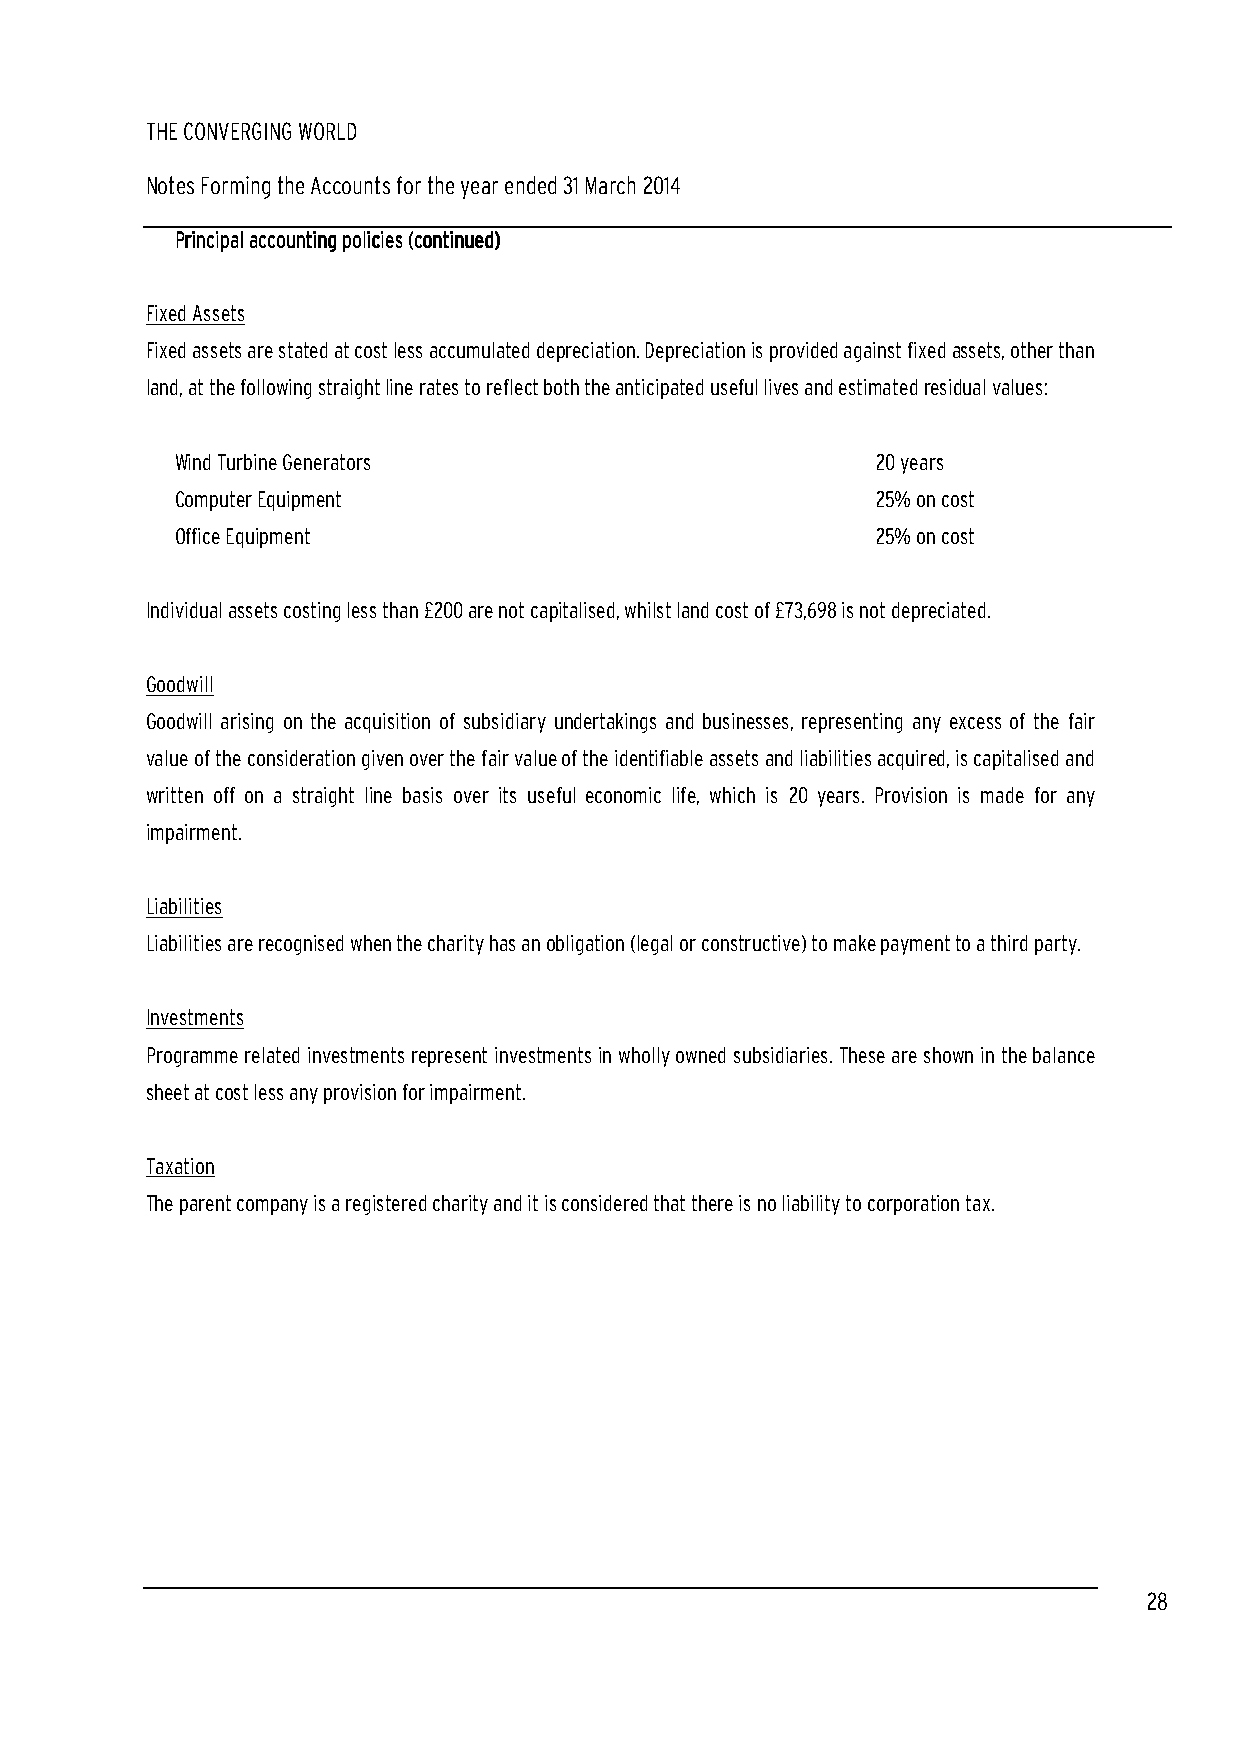
THE CONVERGING WORLD
 Notes Forming the Accounts for the year ended 31 March 2014
 PPPPrrrriiiinnnncccciiiippppaaaallll aaaaccccccccoooouuuunnnnttttiiiinnnngggg ppppoooolllliiiicccciiiieeeessss ((((ccccoooonnnnttttiiiinnnnuuuueeeedddd))))
 Fixed Assets
 Fixed assets are stated at cost less accumulated depreciation. Depreciation is provided against fixed assets, other than
 land, at the following straight line rates to reflect both the anticipated useful lives and estimated residual values:
 Wind Turbine Generators                       20 years
 Computer Equipment                            25% on cost
 Office Equipment                              25% on cost
 Individual assets costing less than £200 are not capitalised, whilst land cost of £73,698 is not depreciated.
 Goodwill
 Goodwill arising on the acquisition of subsidiary undertakings and businesses, representing any excess of the fair
 value of the consideration given over the fair value of the identifiable assets and liabilities acquired, is capitalised and
 written off on a straight line basis over its useful economic life, which is 20 years. Provision is made for any
 impairment.
 Liabilities
 Liabilities are recognised when the charity has an obligation (legal or constructive) to make payment to a third party.
 Investments
 Programme related investments represent investments in wholly owned subsidiaries. These are shown in the balance
 sheet at cost less any provision for impairment.
 Taxation
 The parent company is a registered charity and it is considered that there is no liability to corporation tax.
 28